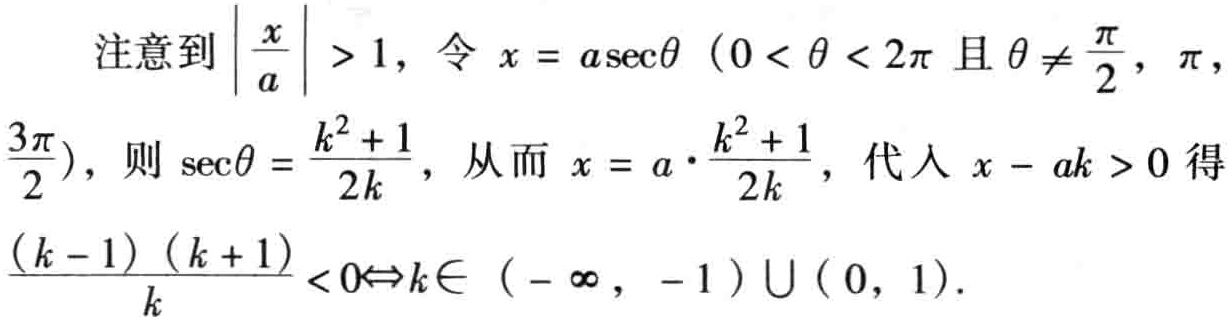
注意到$\left|\frac{x}{a}\right|>1$，令$x = a\sec\theta$（$0<\theta<2\pi$且$\theta\neq\frac{\pi}{2}$，$\pi$，$\frac{3\pi}{2}$），则$\sec\theta = \frac{k^{2}+1}{2k}$，从而$x = a\cdot\frac{k^{2}+1}{2k}$，代入$x - ak>0$得$\frac{(k - 1)(k + 1)}{k}<0\Leftrightarrow k\in(-\infty,-1)\cup(0,1)$。